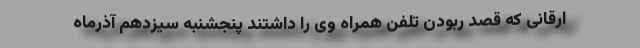
ارقانی که قصد ربودن تلفن همراه وی را داشتند پنجشنبه سیزدهم آذرماه